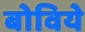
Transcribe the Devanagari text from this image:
बोविये